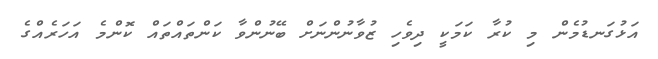
އަޅުގަނޑުމެން މި ކުރާ ކަމަކީ ދިވެހި ޒުވާނުންނަށް ބޭނުންވާ ކަންތައްތައް ކޮންމެ އަހަރެއްގެ